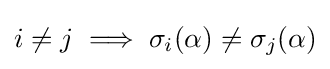
i\neq j\implies \sigma _{i}(\alpha )\neq \sigma _{j}(\alpha )